Tartu_linnavalitsus, lk 29
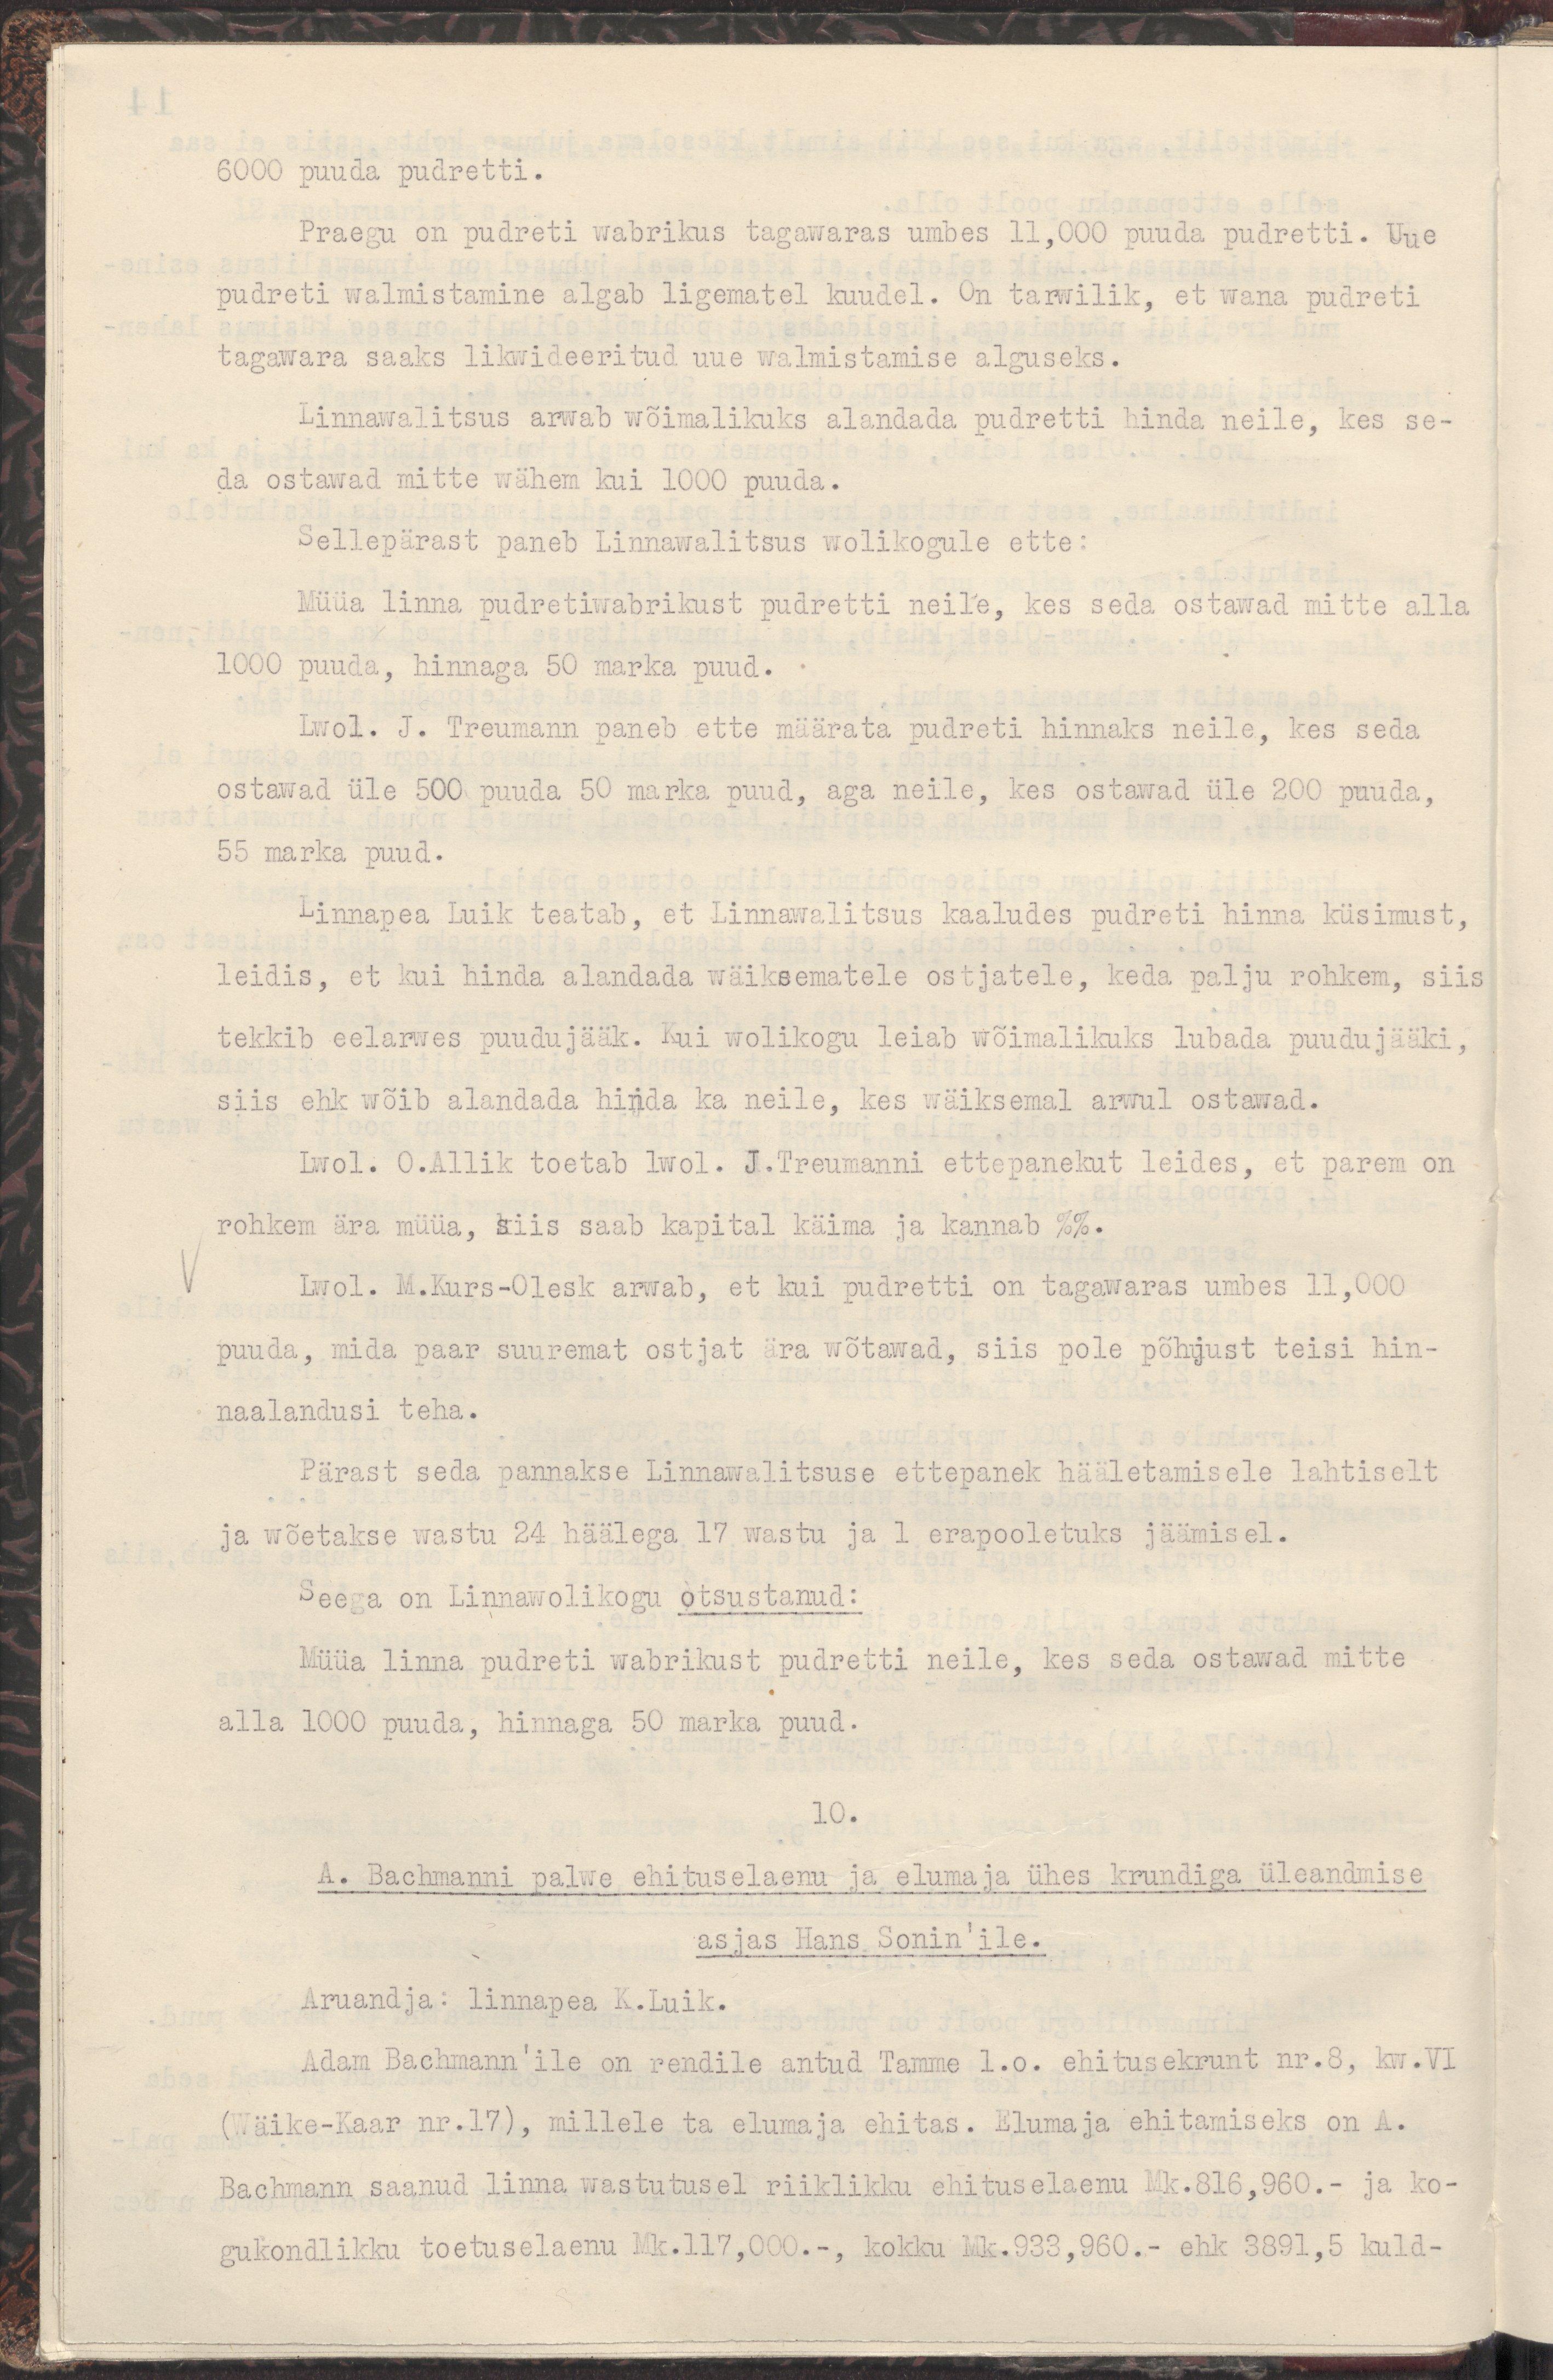
6000 puuda pudretti.
Praegu on pudreti wabrikus tagawaras umbes 11,000 puuda pudretti. Uue
pudreti walmistamine algab ligematel kuudel. On tarwilik, et wana pudreti
tagawara saaks likwideeritud uue walmistamise alguseks.
Linnawalitsus arwab wõimalikuks alandada pudretti hinda neile, kes se-
da ostawad mitte wähem kui 1000 puuda.
Sellepärast paneb Linnawalitsus wolikogule ette:
Müüa linna pudretiwabrikust pudretti neile, kes seda ostawad mitte alla
1000 puuda, hinnaga 50 marka puud.
Lwol. J. Treumann paneb ette määrata pudreti hinnaks neile, kes seda
ostawad üle 500 puuda 50 marka puud, aga neile, kes ostawad üle 200 puuda,
55 marka puud.
Linnapea Luik teatab, et Linnawalitsus kaaludes pudreti hinna küsimust,
leidis, et kui hinda alandada wäiksematele ostjatele, keda palju rohkem, siis
tekkib eelarwes puudujääk. Kui wolikogu leiab wõimalikuks lubada puudujääki,
siis ehk wõib alandada hinda ka neile, kes wäiksemal arwul ostawad.
Lwol. O.Allik toetab lwol. J.Treumanni ettepanekut leides, et parem on
rohkem ära müüa, siis saab kapital käima ja kannab %%.
Lwol. M.Kurs-Olesk arwab, et kui pudretti on tagawaras umbes 11,000
puuda, mida paar suuremat ostjat ära wõtawad, siis pole põhjust teisi hin-
naalandusi teha.
Pärast seda pannakse Linnawalitsuse ettepanek hääletamisele lahtiselt
ja wõetakse wastu 24 häälega 17 wastu ja 1 erapooletuks jäämisel.
Seega on Linnawolikogu otsustanud:
Müüa linna pudreti wabrikust pudretti neile, kes seda ostawad mitte
alla 1000 puuda, hinnaga 50 marka puud.
10.
A.Bachmanni palwe ehituselamu ja elumaja ühes krundiga üleandmise
asjas Hans Sonin'ile.
Aruandja: linnapea K.Luik.
Adam Bachmann'ile on rendile antud Tamme l.o. ehitusekrunt nr.8, kw. VI
(Wäike-Kaar nr.17), millele ta elumaja ehitas. Elumaja ehitamiseks on A.
Bachmann saanud linna wastusel riiklikku ehituselaenu Mk.816,960.- ja ko-
gukondlikku toetuselaenu Mk.117,000.-, kokku Mk.933,960.- ehk 3891,5 kuld-